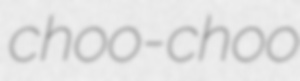
choo-choo